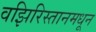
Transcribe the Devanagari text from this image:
वझिरिस्तानमधून